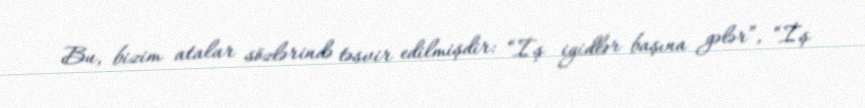
Bu, bizim atalar sözlərində təsvir edilmişdir: “İş igidlər başına gələr”, “İş